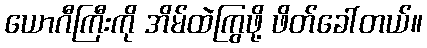
ယောဂီကြီးကို အိမ်ထဲကြွဖို့ ဖိတ်ခေါ်တယ်။